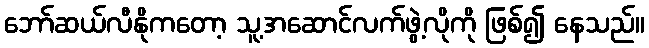
ဘော်ဆယ်လီနိုကတော့ သူ့အဆောင်လက်ဖွဲ့လိုကို ဖြစ်၍ နေသည်။